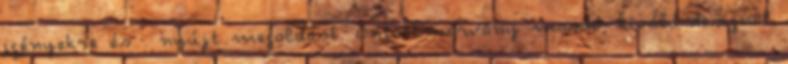
igényekre és . nyújt megoldást. Öntöttmárvány mosdó, kiváló designal